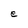
Character: e